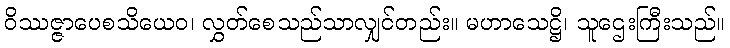
ဝိဿဇ္ဇာပေစသိယေဝ၊ လွှတ်စေသည်သာလျှင်တည်း။ မဟာသေဋ္ဌိ၊ သူဌေးကြီးသည်။